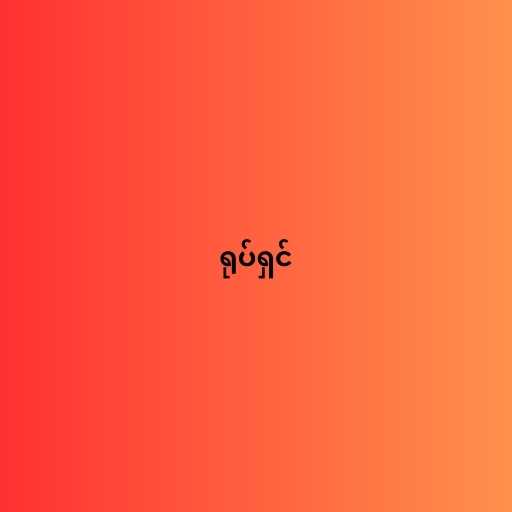
ရုပ်ရှင်